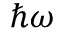
\hslash \omega